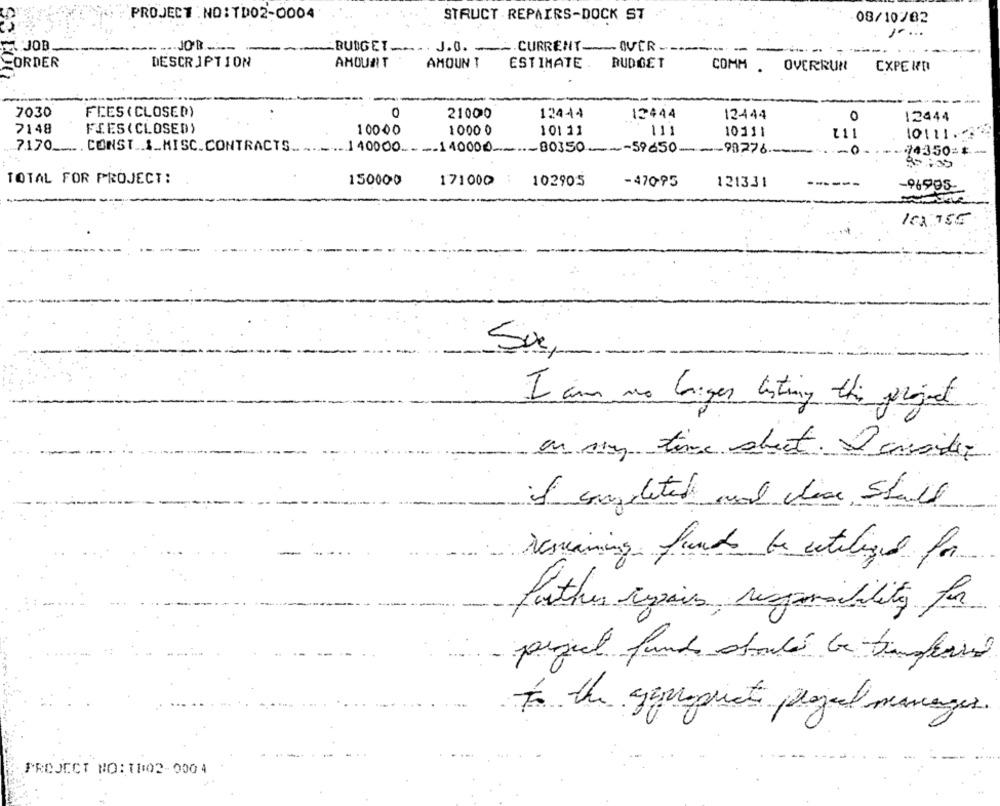
PROJECT . NO:TD02-0004
STRUCT REPAIRS-DOCK ST
08/10/02
JOB.
.... JOB ___
BUDGET
J.O.
.. CURRENT __ OVER -
ORDER
DESCRIPTION
AMOUNT
AMOUNT
ESTIMATE. BUDGET
COMM . OVERRUN
CXPE WD
7030
FEES ( CLOSED)
21000
124-44
12444
12444
0
12444
7148
FIES (CLOSED)
10000
1000 0
101 11
111
10111
Z11
10111.
7.170
. CONST .. I_MISC.CONTRACTS ..
140000-110000
-80350 ---- 59650
98276.
-0
24350 =*
TOTAL FOR PROJECT:
150000
171000
102905
-470.95
1213.31
-96995-
Su,
I am no liges listing the garaget
on my time sheet. 2 consider
if any deted mond hace Shall
remaining freund be utilized for
further repairs responsibility for
perfect funds should be transferred
To the geroprieto projet manager.
PROJECT NO: 11:02-0004